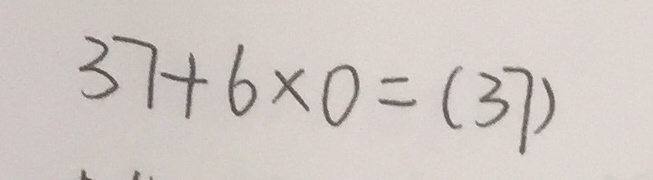
3 7 + 6 \times 0 = ( 3 7 )